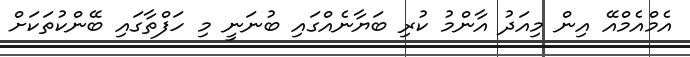
އެމްއެމްއޭ އިން މިއަދު އާންމު ކުރި ބަޔާނެއްގައި ބުނަނީ މި ހަފްތާގައި ބޭންކުތަކަށް